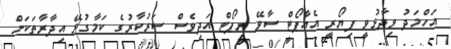
އަހްމަދު ވިދާޅުވީ ފިޔޯރީ އެއާޕޯޓް ސާވޭ ރިޕޯޓް އަދިވެސް ސަރުކާރުގެ ކަމާގުޅޭ އިދާރާތަކަށް